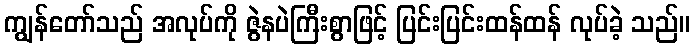
ကျွန်တော်သည် အလုပ်ကို ဇွဲနပဲကြီးစွာဖြင့် ပြင်းပြင်းထန်ထန် လုပ်ခဲ့ သည်။